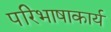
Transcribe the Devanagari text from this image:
परिभाषाकार्य